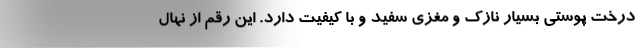
درخت پوستی بسیار نازک و مغزی سفید و با کیفیت دارد. این رقم از نهال